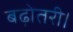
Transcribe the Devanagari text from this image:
बढ़ोतरी।